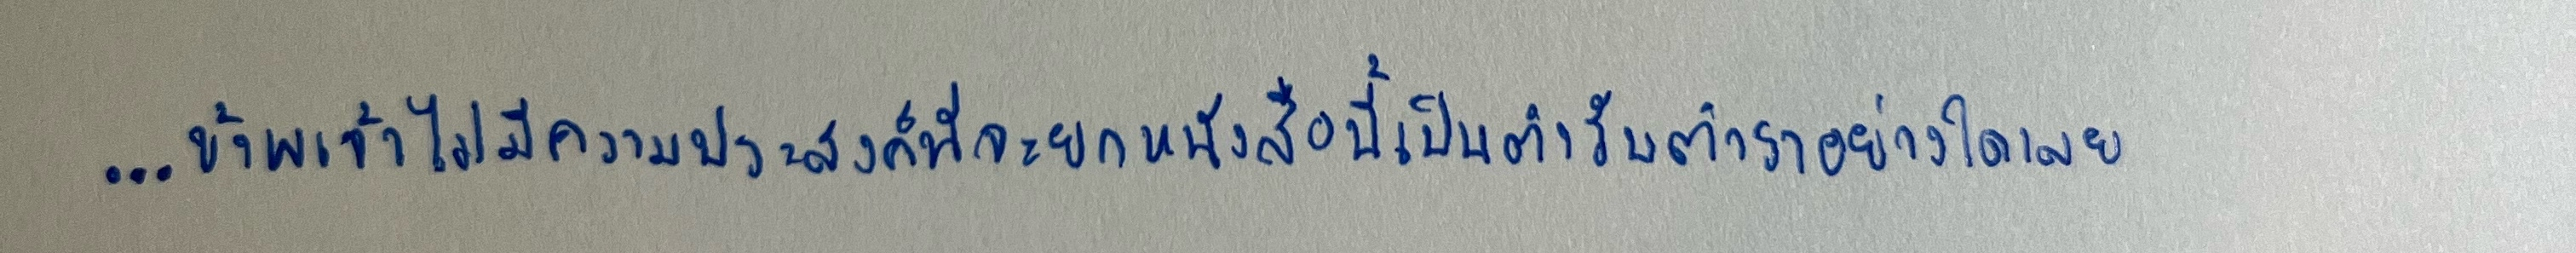
...ข้าพเจ้าไม่มีความประสงค์ที่จะยกหนังสือนี้เป็นตำรับตำราอย่างใดเลย